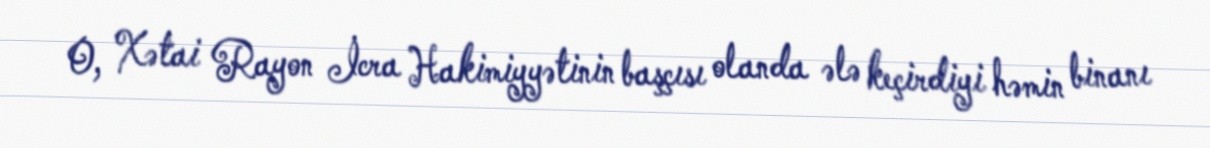
O, Xətai Rayon İcra Hakimiyyətinin başçısı olanda ələ keçirdiyi həmin binanı